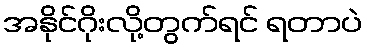
အနိုင်ဂိုးလို့တွက်ရင် ရတာပဲ